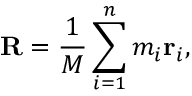
\mathbf { R } = { \frac { 1 } { M } } \sum _ { i = 1 } ^ { n } m _ { i } \mathbf { r } _ { i } ,